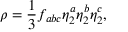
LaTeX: \rho = \frac { 1 } { 3 } f _ { a b c } \eta _ { 2 } ^ { a } \eta _ { 2 } ^ { b } \eta _ { 2 } ^ { c } ,